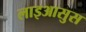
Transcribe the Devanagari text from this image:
लाइआसुस